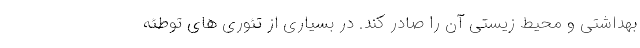
بهداشتی و محیط زیستی آن را صادر کند. در بسیاری از تئوری های توطئه